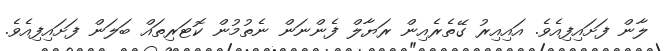
ލާން ފަށައިފިއެވެ. އައިއިރު ގޭތެރެއިން ރަޔާލް ފެންނަން ނެތުމުން ކޮޓަރިތައް ބަލަން ފަށައިފިއެވެ.